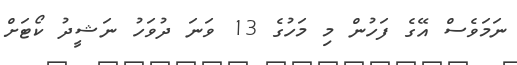
ނަމަވެސް އޭގެ ފަހުން މި މަހުގެ 13 ވަނަ ދުވަހު ނަޝީދު ކޯޓަށް